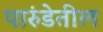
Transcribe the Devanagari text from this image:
पारुंडेतील